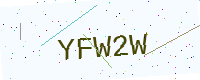
Text: YFW2W